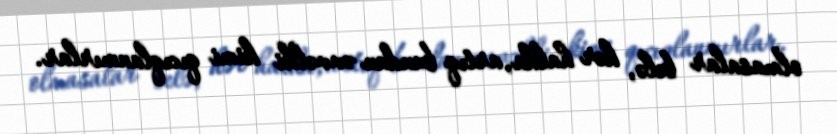
olmasalar belə, hər halda, artıq bundan əvvəlki kimi qıcıqlanmırlar.